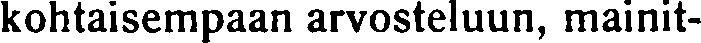
kohtaisempaan arvosteluun, mainit-